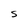
Character: S